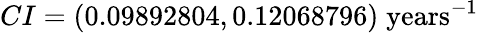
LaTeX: CI=(0.09892804,0.12068796)\; \textrm{years}^{-1}